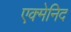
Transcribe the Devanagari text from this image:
एक्मेनिद